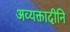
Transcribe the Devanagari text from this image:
अव्यक्तादीनि